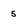
Character: 5